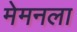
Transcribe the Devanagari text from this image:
मेमनला